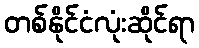
တစ်နိုင်ငံလုံးဆိုင်ရာ